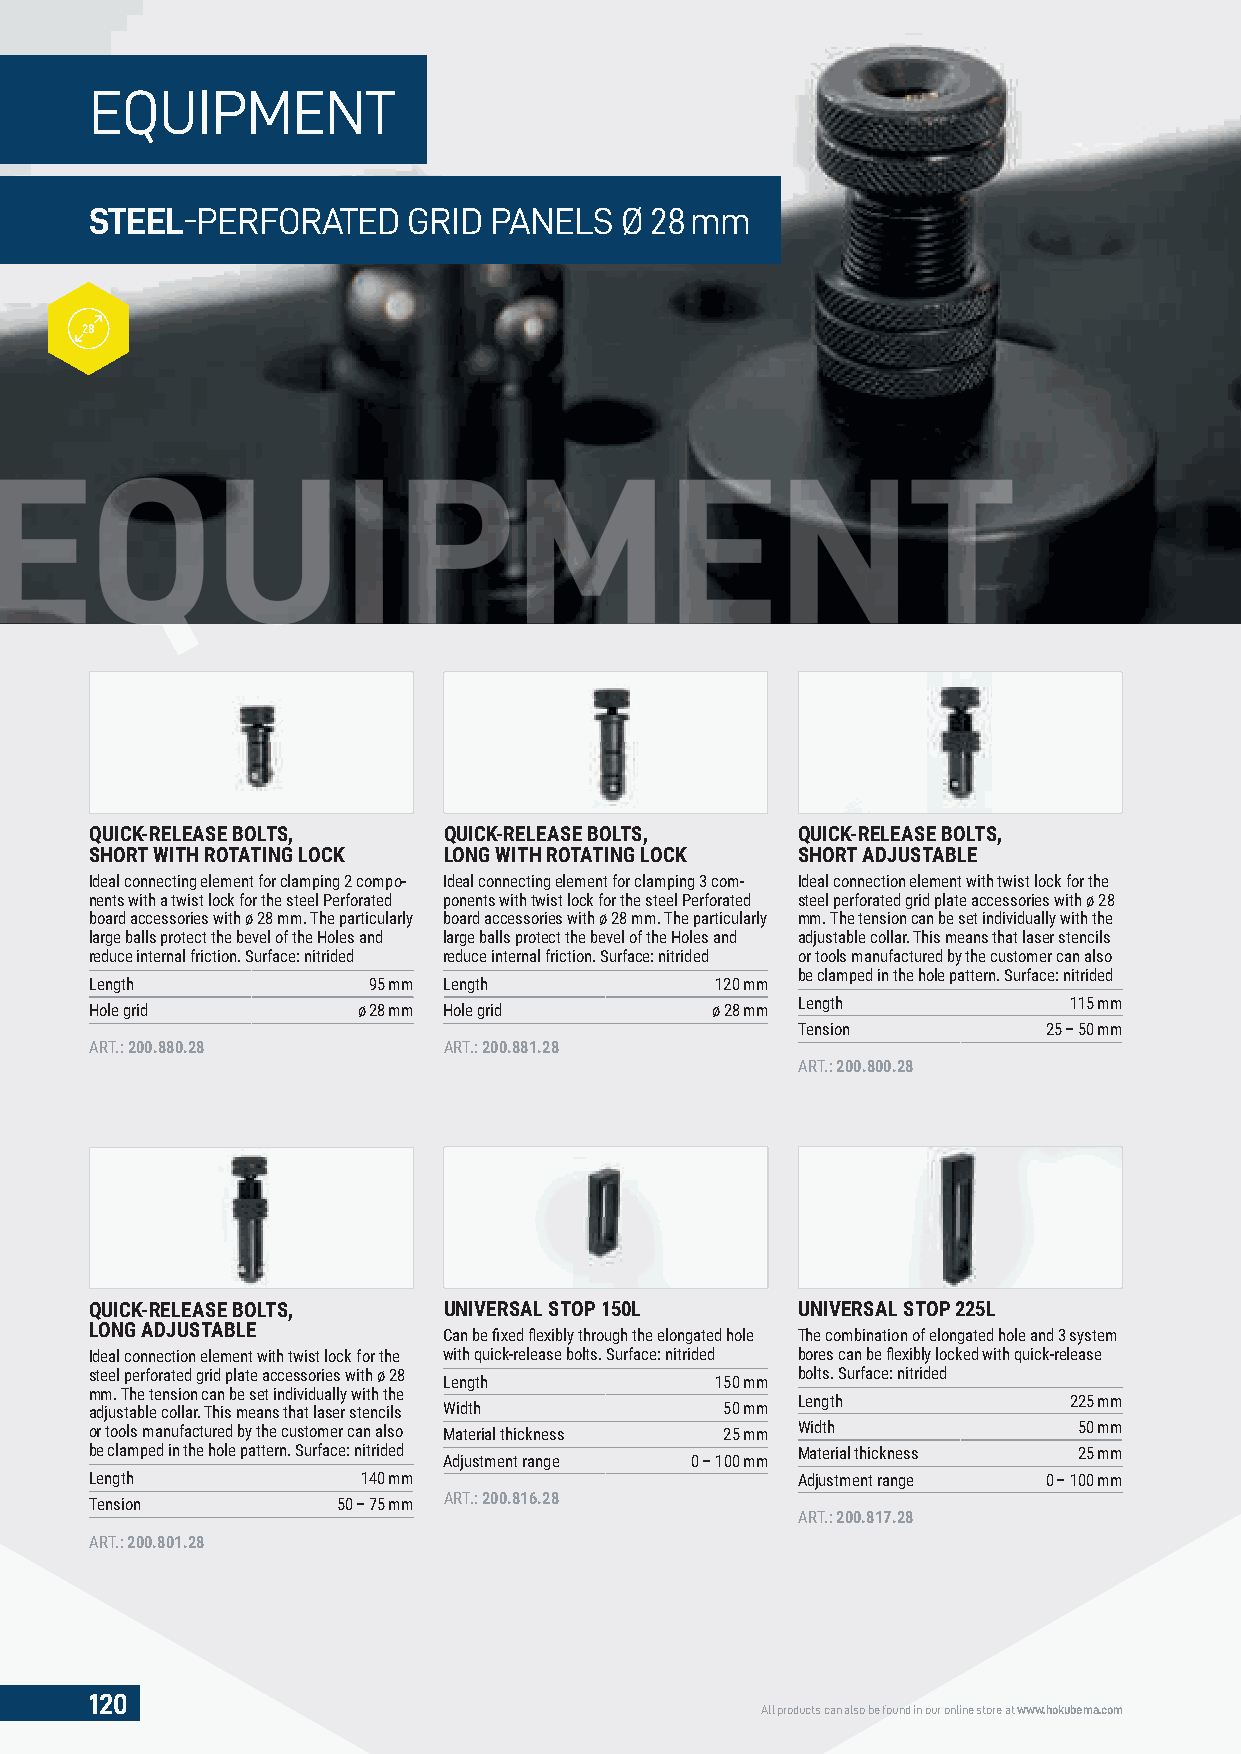
EQUIPMENT
 STEEL-PERFORATED     GRID PANELS   Ø 28 mm
 28
 EQUIPMENT
 QUICK-RELEASE BOLTS,   QUICK-RELEASE BOLTS,    QUICK-RELEASE BOLTS,
 SHORT WITH ROTATING LOCK LONG WITH ROTATING LOCK SHORT ADJUSTABLE
 Ideal connecting element for clamping 2 compo- Ideal connecting element for clamping 3 com- Ideal connection element with twist lock for the
 nents with a twist lock for the steel Perforated ponents with twist lock for the steel Perforated steel perforated grid plate accessories with ø 28
 board accessories with ø 28 mm. The particularly board accessories with ø 28 mm. The particularly mm. The tension can be set individually with the
 large balls protect the bevel of the Holes and large balls protect the bevel of the Holes and adjustable collar. This means that laser stencils
 reduce internal friction. Surface: nitrided reduce internal friction. Surface: nitrided or tools manufactured by the customer can also
 be clamped in the hole pattern. Surface: nitrided
 Length            95 mm Length           120 mm
 Length            115 mm
 Hole grid         ø 28 mm Hole grid      ø 28 mm
 Tension         25 – 50 mm
 ART.: 200.880.28       ART.: 200.881.28
 ART.: 200.800.28
 QUICK-RELEASE BOLTS,   UNIVERSAL STOP 150L     UNIVERSAL STOP 225L
 LONG ADJUSTABLE
 Can be fi xed fl exibly through the elongated hole The combination of elongated hole and 3 system
 Ideal connection element with twist lock for the with quick-release bolts. Surface: nitrided bores can be fl exibly locked with quick-release
 steel perforated grid plate accessories with ø 28 bolts. Surface: nitrided
 Length            150 mm
 mm. The tension can be set individually with the
 Length            225 mm
 adjustable collar. This means that laser stencils Width 50 mm
 or tools manufactured by the customer can also Material thickness 25 mm Width 50 mm
 be clamped in the hole pattern. Surface: nitrided Material thickness 25 mm
 Adjustment range 0 – 100 mm
 Length            140 mm                       Adjustment range 0 – 100 mm
 ART.: 200.816.28
 Tension         50 – 75 mm
 ART.: 200.817.28
 ART.: 200.801.28
 120
 All products can also be found in our online store at www.hokubema.com